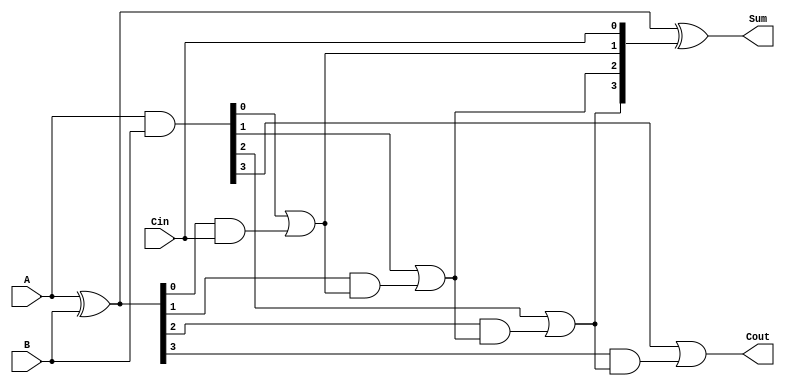
module carry_lookahead_adder (
    input [3:0] A,       // First operand
    input [3:0] B,       // Second operand
    input Cin,           // Carry input
    output [3:0] Sum,    // Sum output
    output Cout          // Carry output
);

    wire [3:0] G;        // Generate signals
    wire [3:0] P;        // Propagate signals
    wire [4:0] C;        // Carry signals (C[0] = Cin)

    // Generate and Propagate calculations
    assign G = A & B;           // G[i] = A[i] & B[i]
    assign P = A ^ B;           // P[i] = A[i] ^ B[i]

    // Carry calculations
    assign C[0] = Cin;          // C[0] = Cin
    assign C[1] = G[0] | (P[0] & C[0]); // C[1] = G[0] + (P[0] * C[0])
    assign C[2] = G[1] | (P[1] & C[1]); // C[2] = G[1] + (P[1] * C[1])
    assign C[3] = G[2] | (P[2] & C[2]); // C[3] = G[2] + (P[2] * C[2])
    assign C[4] = G[3] | (P[3] & C[3]); // C[4] = G[3] + (P[3] * C[3])

    // Sum calculations
    assign Sum = P ^ C[3:0]; // Sum[i] = P[i] ^ C[i]

    // Carry out
    assign Cout = C[4]; // Cout = C[n]

endmodule